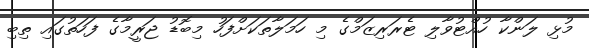
މުޅި ލަންކާ ހުއްޓުވާލި ޓެރަރިޒަމްގެ މި ހަމަލާތަކަށްފަހު މިބޮޑު ޖަރީމާގެ ފަހަތުގައި ތިބި